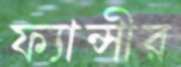
ফ্যান্সীর